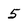
Character: 5